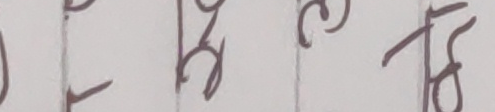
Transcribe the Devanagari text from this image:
छ